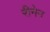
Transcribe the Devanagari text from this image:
रीनेन